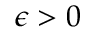
\epsilon > 0